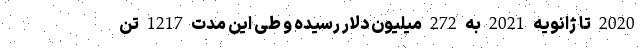
2020 تا ژانویه 2021 به 272 میلیون دلار رسیده و طی این مدت 1217 تن